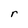
Character: r